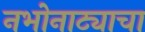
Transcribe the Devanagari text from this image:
नभोनाट्याचा